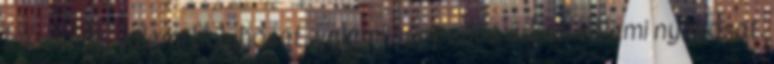
kis simát, valami bolyhosat, valami süppedős árkot, valami nyirkosat.